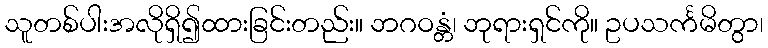
သူတစ်ပါးအလိုရှိ၍ထားခြင်းတည်း။ ဘဂဝန္တံ၊ ဘုရားရှင်ကို။ ဥပသင်္ကမိတွာ၊